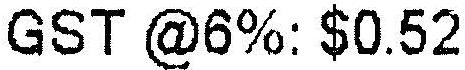
GST @6%: $0.52